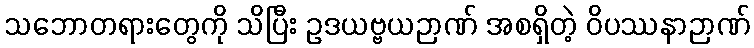
သဘောတရားတွေကို သိပြီး ဥဒယဗ္ဗယဉာဏ် အစရှိတဲ့ ဝိပဿနာဉာဏ်